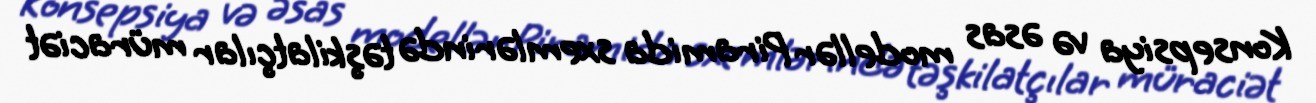
Konsepsiya və əsas modellər Piramida sxemlərində təşkilatçılar müraciət